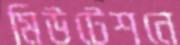
মিউটেশনে